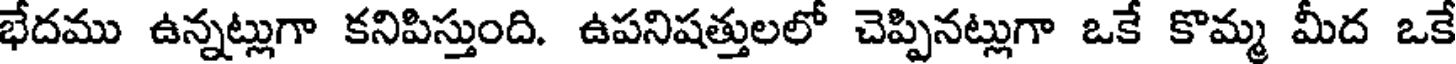
భేదము ఉన్నట్లుగా కనిపిస్తుంది. ఉపనిషత్తులలో చెప్పినట్లుగా ఒకే కొమ్మ మీద ఒకే